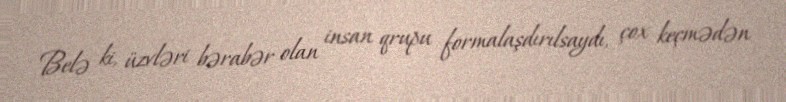
Belə ki, üzvləri bərabər olan insan qrupu formalaşdırılsaydı, çox keçmədən